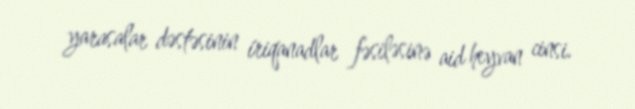
yarasalar dəstəsinin i̇riqanadlar fəsiləsinə aid heyvan cinsi.